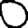
Digit: 0